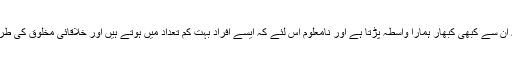
معلوم اس لئے کہ ان سے کبھی کبھار ہمارا واسطہ پڑتا ہے اور نامعلوم اس لئے کہ ایسے افراد بہت کم تعداد میں ہوتے ہیں اور خلاقائی مخلوق کی طرح نظر نہیں آتے۔